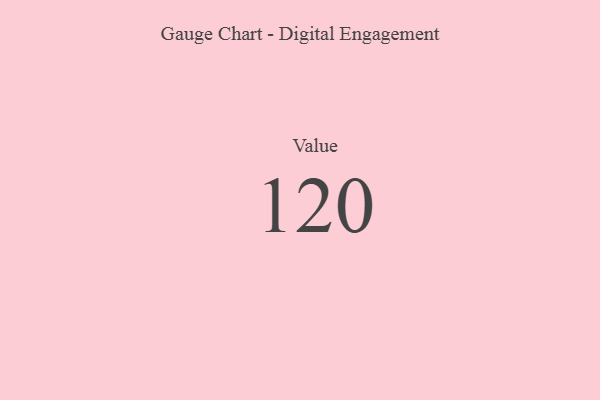
{"axis": {"x": "Metric", "y": "Value"}, "legend": [""], "data": [{"x": "Value", "y": 120, "type": ""}]}